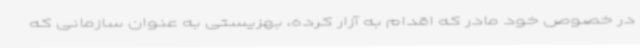
در خصوص خود مادر که اقدام به آزار کرده، بهزیستی به عنوان سازمانی که